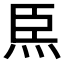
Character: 𤇸